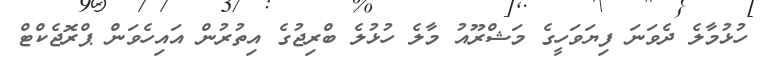
ހުޅުމާލެ ދެވަނަ ފިޔަވަހީގެ މަޝްރޫއު މާލެ ހުޅުލެ ބްރިޖުގެ އިތުރުން އައިހެވަން ޕްރޮޖެކްޓް